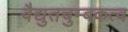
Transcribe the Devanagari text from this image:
वैद्युतचुम्बकत्व